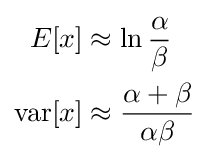
{\begin{aligned}E[x]&\approx \ln {\frac {\alpha }{\beta }}\\{\text{var}}[x]&\approx {\frac {\alpha +\beta }{\alpha \beta }}\end{aligned}}